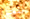
يتجرأ